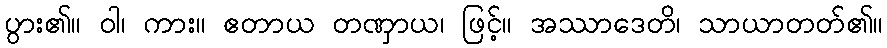
ပွား၏။ ဝါ၊ ကား။ ဧတာယ တဏှာယ၊ ဖြင့်။ အဿာဒေတိ၊ သာယာတတ်၏။